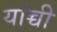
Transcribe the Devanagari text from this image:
यांच्ची